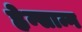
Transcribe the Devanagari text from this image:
ह्वेन्सान्ग